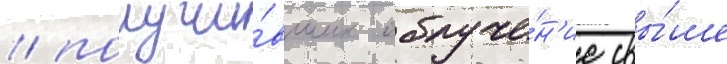
/ получи́вших облуче́н'ие свы́ше